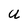
Character: U